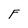
Character: F